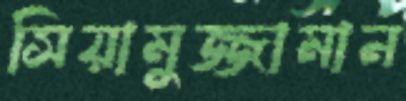
সিয়ামুজ্জামান